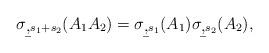
LaTeX: \begin{align*}\sigma_{\b,s_1+s_2}(A_1 A_2)=\sigma_{\b,s_1}(A_1)\sigma_{\b,s_2}(A_2),\end{align*}